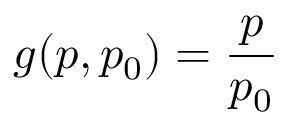
g ( p , p _ { 0 } ) = \frac { p } { p _ { 0 } }